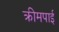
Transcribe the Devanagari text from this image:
क्रीमपाई